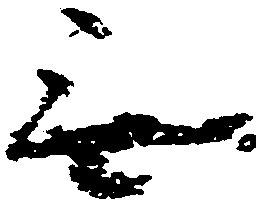
無